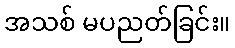
အသစ် မပညတ်ခြင်း။